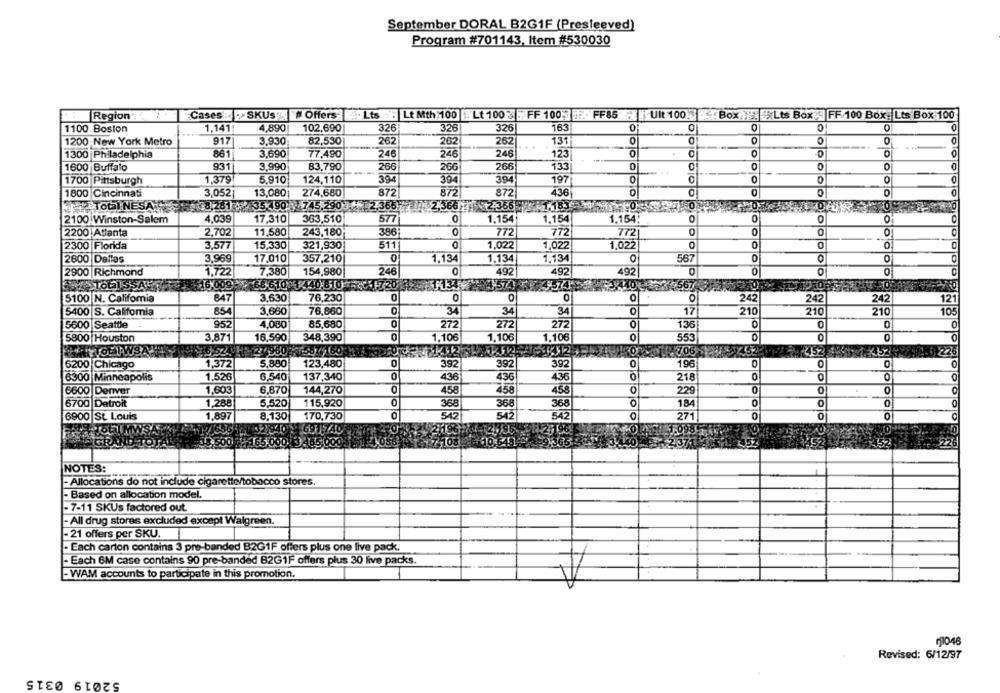
September DORAL B2G1F (Presleeved)
Program #701143, Item #530030
Region'.
Cases SKUS # Offers A. Lts . Lt Mth 100 Lt 100 3 FF 100 1 F FF85 Ult 100
K Box Lts Box FF/100 Box: Lts Box 100
1100 Boston
1,141
4,890
102.690
326
326
326
163
0
0
0
0
0
1200 New York Metro
917
3,930
82,530
262
202
262
..
131
861
3.690
77.490
246
246
246
123
0
1300 Philadelphia
931
3.990
83.790
266
206
266
133
0
0
1600 Buffalo
1,379
5.910
124,110
394
394
394
197
O
0
1700 Pittsburgh
1800 Cincinnati
3,052
13,080
274,680
872
872
872
436
0
0
8,261 35 90 745.290 2.366 2,366 2.356
TO
ToGINESAT
2100 Winston-Salem
4,039
17,310
363,510
577
0
1.154
1.154
1.154:
0
0
O
2200 Atlanta
2,702
11,580
243,180
386
772
772
772
0
0
0
0
0
2300 Florida
3,577
15,330
321,930
511
0
1.022
1,022
1,022
0
0
0
2600 Dallas
3,969
17,010
357,210
0
1.134
1,134
1,134
567
2900 Richmond
1,722
7,380
154,980
246
0
492
492
492
0
0
0
0
51720 48
FO
TO
10GISSA
16,009 68 610 1 440 81058
-567
847
3.630
76,230
0
0
0
0
242
242
242
5100 N. Califomia
0
121
5400 S. California
854
3,660
76,860
34
34
34
0
17
210
210
210
105
5600 Seattle
952
4.080
85,680
272
272
272
0
136
0
0
0
5800 Houston
3,871
16.590
348,390
0
1,106
1.106
1.106
0
553
0
0
B24
27.950
Prone
452
457
12-3 226
6200 Chicago
1,372
5,880
123,480
0
392
392
392
0
196
0
0
0
0
6300 Minneapolis
1,526
6,540
137,340
0
436
436
436
0
218
0
0
6600 Denver
1.603
6,870
144,270
0
458
458
458
0
229
0
0
0
O
6700 Detroit
115,920
1,288
5,520
368
368
368
O
18
0
0
0
0
6900 St. Louis
1,897
8,130
170,730
542
542
542
271
0
TOUTMWSA
321940
2H96
1.09
485,000
10.5484 -9.366
2.37
152
¥52
NOTES:
- Allocations do not include cigarette/tobacco stores.
- Based on allocation model.
-7-11 SKUs factored out
- All drug stores excluded except Walgreen.
- 21 offers per SKU.
- Each carton contains 3 pre-banded B2G1F offers plus one live pack.
- Each 6M case contains 90 pre-banded B2G1F offers plus 30 live packs.
- WAM accounts to participate in this promotion.
11046
Revised: 6/12/97
52019 0315